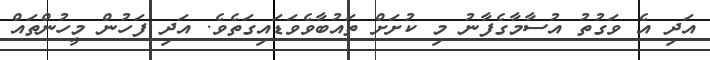
އަދި އެ ވަގުތު އުސާމާގެފާނު މި ކުށަށް ތައުބާވެވަޑައިގަތެވެ. އަދި ފަހުން މީހުންތައް